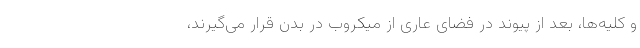
و کلیه‌ها،‌ بعد از پیوند در فضای عاری از میکروب در بدن قرار می‌گیرند،